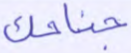
جناحك